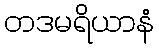
တဒမရိယာနံ